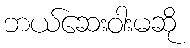
ဘယ်ဆေးဝါးမဆို